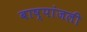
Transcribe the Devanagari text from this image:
बाष्पांजली